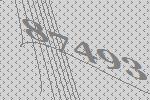
87493